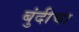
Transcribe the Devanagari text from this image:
बुंदीचा